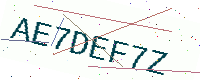
Text: AE7DEF7Z